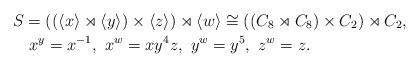
LaTeX: \begin{align*}S &= ((\langle x \rangle \rtimes \langle y \rangle) \times \langle z \rangle) \rtimes \langle w \rangle \cong ((C_8 \rtimes C_8) \times C_2) \rtimes C_2, \\& \ x^y = x^{-1}, \ x^w = xy^4z, \ y^w = y^5, \ z^w = z. \end{align*}